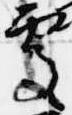
処